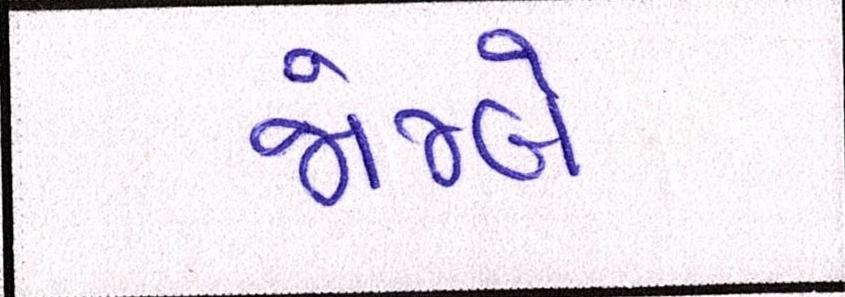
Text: જોમ્બે